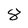
Character: 8